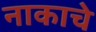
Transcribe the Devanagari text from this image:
नाकाचे